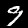
Label: 9